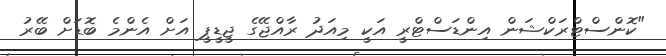
"ކޮންސްޓްރަކްޝަން އިންޑަސްޓްރީ އަކީ މިއަދު ރާއްޖޭގެ ޖީޑީޕީ އަށް އެންމެ ބޮޑަށް ބޭރު